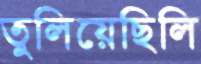
তুলিয়েছিলি